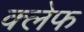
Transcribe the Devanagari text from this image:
क्लेफ